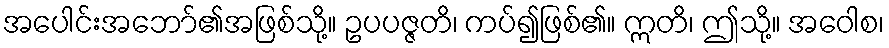
အပေါင်းအဘော်၏အဖြစ်သို့။ ဥပပဇ္ဇတိ၊ ကပ်၍ဖြစ်၏။ ဣတိ၊ ဤသို့။ အဝေါစ၊